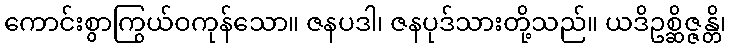
ကောင်းစွာကြွယ်ဝကုန်သော။ ဇနပဒါ၊ ဇနပုဒ်သားတို့သည်။ ယဒိဥစ္ဆိဇ္ဇန္တိ၊